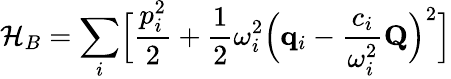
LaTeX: \mathcal{H}_{B}=\sum_{i}\Bigl[\frac{p_{i}^{2}}{2}+\frac{1}{2}\omega_{i}^{2}\Bigl(\mathbf{{q}}_{i}-\frac{c_{i}}{\omega_{i}^{2}}\mathbf{{Q}}\Bigr)^{2}\Bigr]